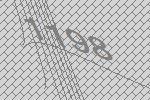
1198